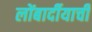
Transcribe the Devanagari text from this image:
लोंबार्दीयाची